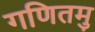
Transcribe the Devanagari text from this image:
गणितमु